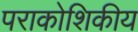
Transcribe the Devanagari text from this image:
पराकोशिकीय